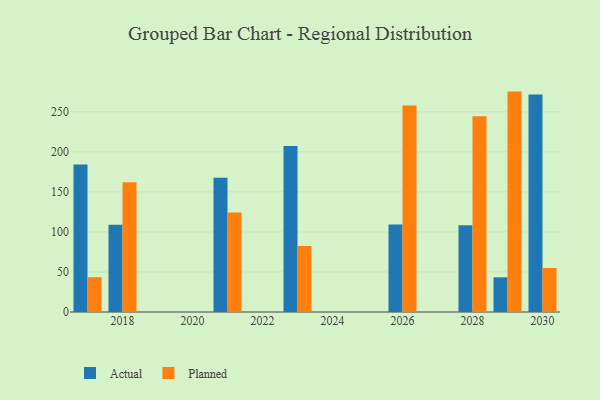
{"axis": {"x": "Year", "y": "Tickets Resolved"}, "legend": ["Actual", "Planned"], "data": [{"x": "2028", "y": 108.4, "type": "Actual"}, {"x": "2028", "y": 244.4, "type": "Planned"}, {"x": "2018", "y": 108.9, "type": "Actual"}, {"x": "2018", "y": 162.1, "type": "Planned"}, {"x": "2030", "y": 271.8, "type": "Actual"}, {"x": "2030", "y": 55.0, "type": "Planned"}, {"x": "2026", "y": 109.2, "type": "Actual"}, {"x": "2026", "y": 257.9, "type": "Planned"}, {"x": "2017", "y": 184.3, "type": "Actual"}, {"x": "2017", "y": 43.5, "type": "Planned"}, {"x": "2029", "y": 43.3, "type": "Actual"}, {"x": "2029", "y": 275.3, "type": "Planned"}, {"x": "2023", "y": 207.2, "type": "Actual"}, {"x": "2023", "y": 82.3, "type": "Planned"}, {"x": "2021", "y": 167.6, "type": "Actual"}, {"x": "2021", "y": 124.3, "type": "Planned"}]}